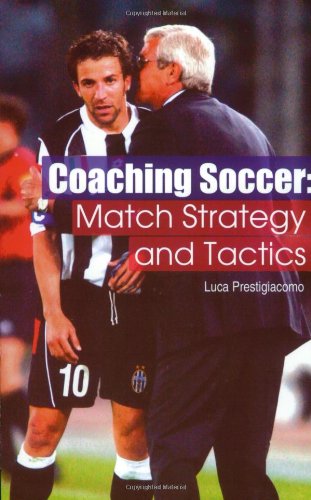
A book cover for Coaching Soccer: Match Strategy and Tactics; Luca Prestigiacomo; Sports & Outdoors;